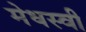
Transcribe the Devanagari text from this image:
मेधस्वी